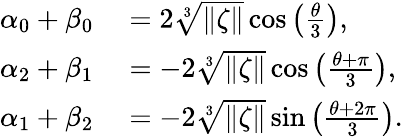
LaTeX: \begin{array}{rl}{\alpha_{0}+\beta_{0}}&{{}=2\sqrt[3]{\| \zeta\| }\cos{\left(\frac{\theta}{3}\right)},}\\ {\alpha_{2}+\beta_{1}}&{{}=-2\sqrt[3]{\| \zeta\| }\cos{\left(\frac{\theta+\pi}{3}\right)},}\\ {\alpha_{1}+\beta_{2}}&{{}=-2\sqrt[3]{\| \zeta\| }\sin{\left(\frac{\theta+2\pi}{3}\right)}.}\end{array}